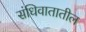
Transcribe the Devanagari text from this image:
संधिवातातील